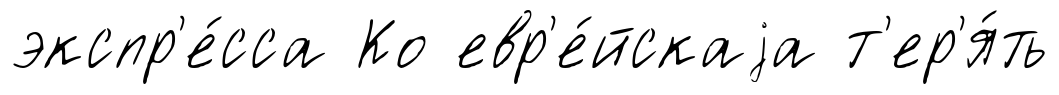
экспр'е́сса Ко евр'е́йскаjа т'ер'я́ть